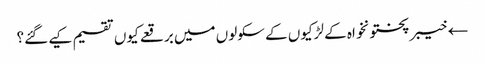
← خیبر پختونخواہ کے لڑکیوں کے سکولوں میں برقعے کیوں تقسیم کیے گئے؟